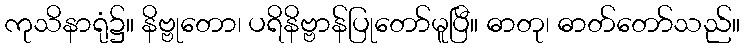
ကုသိနာရုံ၌။ နိဗ္ဗုတော၊ ပရိနိဗ္ဗာန်ပြုတော်မူပြီ။ ဓာတု၊ ဓာတ်တော်သည်။